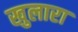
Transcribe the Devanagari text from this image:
खुलारा